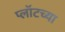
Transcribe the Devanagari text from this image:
प्लॉटच्या